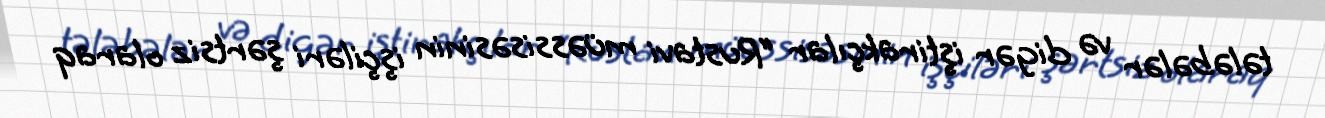
tələbələr və digər iştirakçılar “Rustavi müəssisəsinin işçiləri şərtsiz olaraq